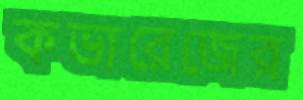
কভারেজের